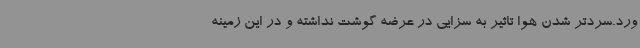
ورد.سردتر شدن هوا تاثیر به سزایی در عرضه گوشت نداشته و در این زمینه